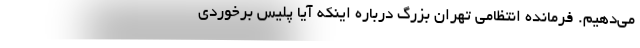
می‌دهیم. فرمانده انتظامی تهران بزرگ درباره اینکه آیا پلیس برخوردی